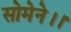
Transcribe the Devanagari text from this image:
सोमेने।।